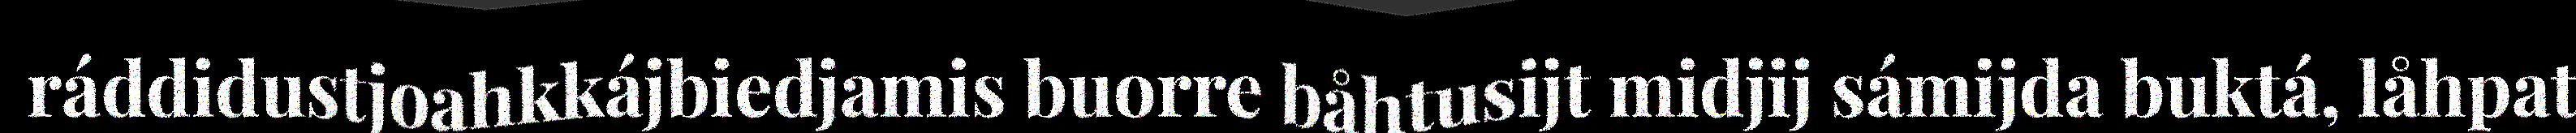
ráddidustjoahkkájbiedjamis buorre båhtusijt midjij sámijda buktá, låhpat